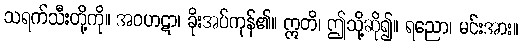
သရက်သီးတို့ကို။ အဝဟဋာ၊ ခိုးအပ်ကုန်၏။ ဣတိ၊ ဤသို့ဆို၍။ ရညော၊ မင်းအား။